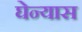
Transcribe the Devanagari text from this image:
घेन्यास